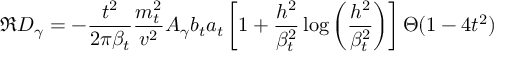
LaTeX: \Re D _ { \gamma } = - \frac { t ^ { 2 } } { 2 \pi \beta _ { t } } \frac { m _ { t } ^ { 2 } } { v ^ { 2 } } A _ { \gamma } b _ { t } a _ { t } \left[ 1 + \frac { h ^ { 2 } } { \beta _ { t } ^ { 2 } } \log \left( \frac { h ^ { 2 } } { \beta _ { t } ^ { 2 } } \right) \right] \Theta ( 1 - 4 t ^ { 2 } )